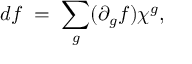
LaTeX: d f \; = \; \sum _ { g } ( \partial _ { g } f ) \chi ^ { g } ,